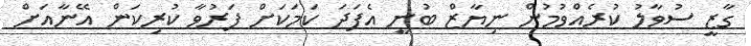
ގާޒީ ސުވާލު ކުރެއްވުމުން ނިޔާޒް ބުނީ އެފަދަ ކަމަކަށް ފަރުވާ ކުރިކަން އޭނާއަށް